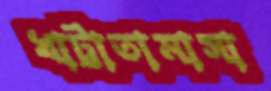
খাট্টাতামাসা